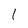
Character: 1